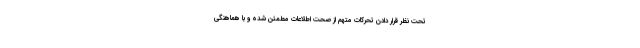
تحت نظر قرار دادن تحرکات متهم از صحت اطلاعات مطمئن شده و با هماهنگی